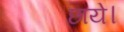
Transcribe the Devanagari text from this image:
छाये।